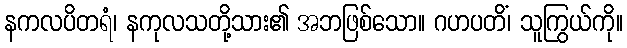
နကလပိတရံ၊ နကုလသတို့သား၏ အဘဖြစ်သော။ ဂဟပတိံ၊ သူကြွယ်ကို။